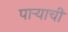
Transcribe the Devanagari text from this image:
पार्‍याची